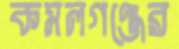
কমলগঞ্জের